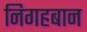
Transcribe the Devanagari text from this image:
निगहबान